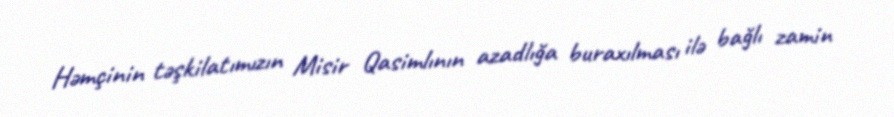
Həmçinin təşkilatımızın Misir Qasimlının azadlığa buraxılması ilə bağlı zamin